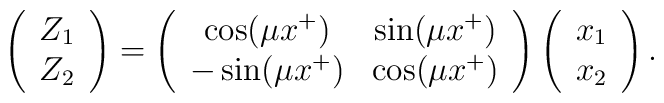
\left( \begin{array}{c} Z_1 \\ Z_2  \end{array}  \right) = \left( \begin{array}{cc} \cos(\mu x^+)  & \sin(\mu x^+) \\                         -\sin(\mu x^+) & \cos(\mu x^+) \end{array}  \right)\left( \begin{array}{c} x_1 \\ x_2  \end{array}  \right).